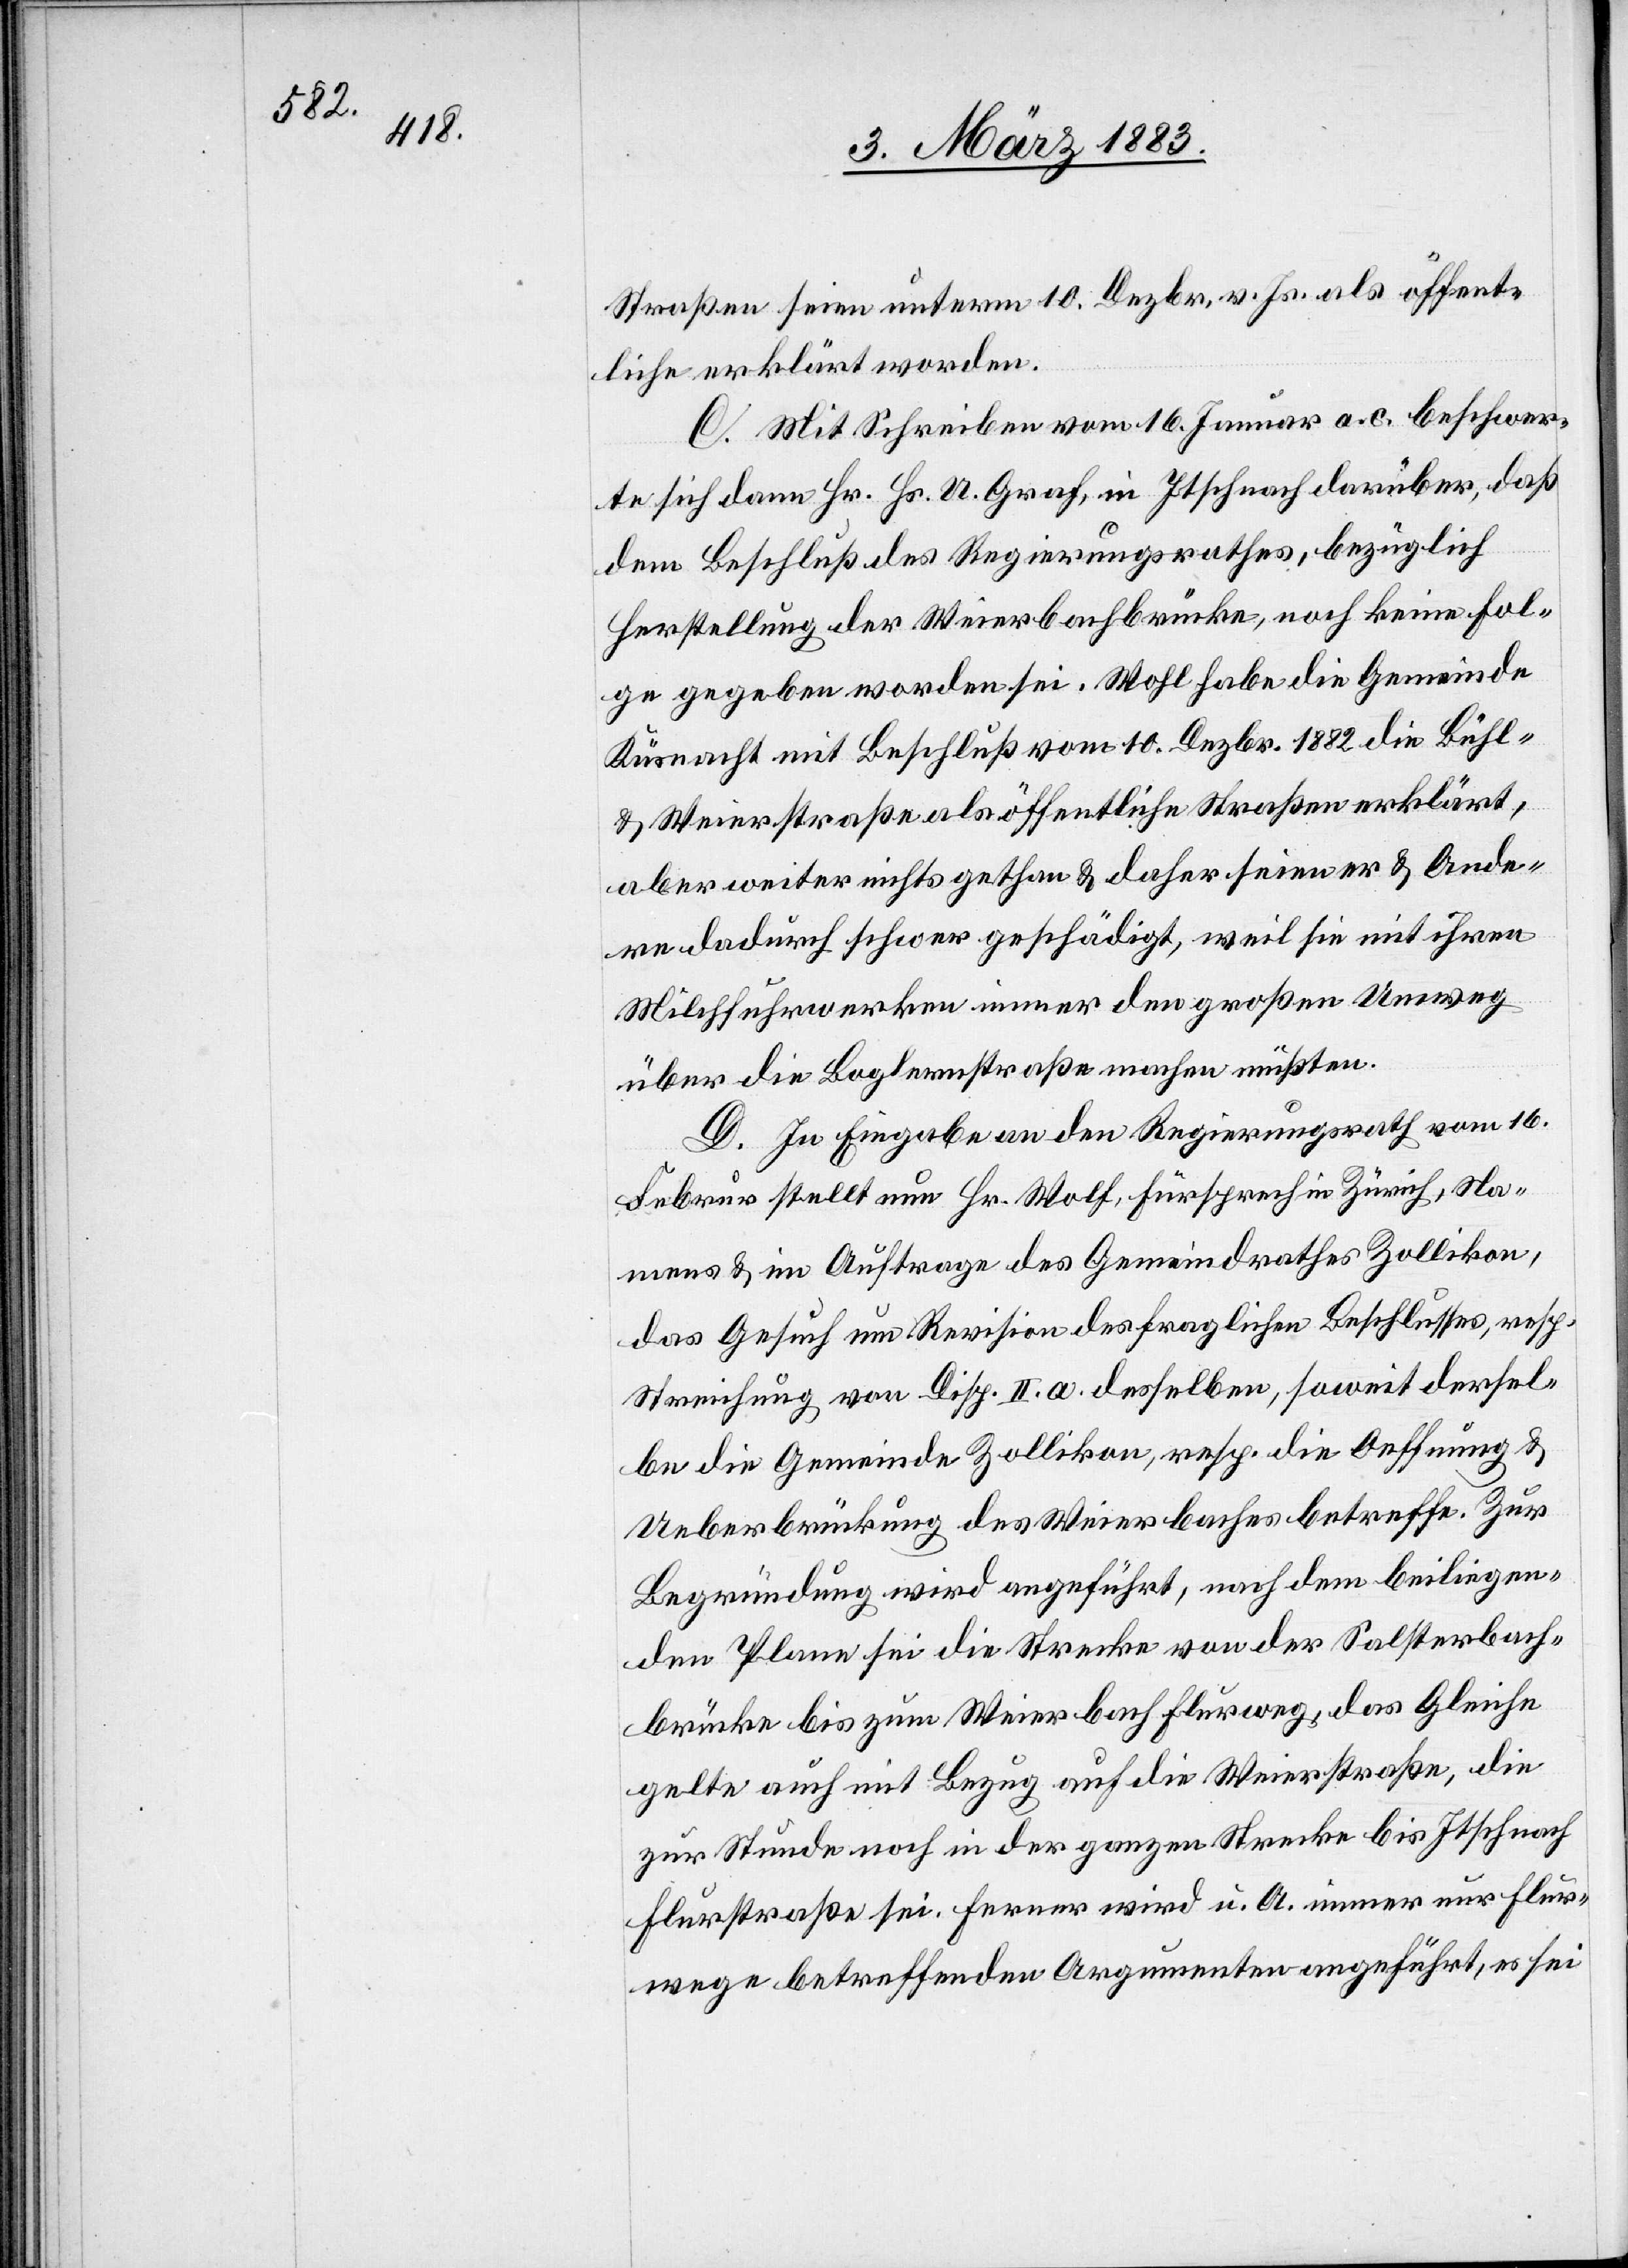
c!],

Straßen seien unterm 10. Dezbr. v. Js. als öffent¬
liche erklärt worden.
C. Mit Schreiben vom 16. Januar a. c. beschwer¬
te sich dann Hr. Hs. U. Graf, in Itschnach darüber, daß
dem Beschluß des Regierungsrathes, bezüglich
Herstellung der Weierbachbrücke, noch keine Fol¬
ge gegeben worden sei. Wohl habe die Gemeinde
Küsnacht mit Beschluß vom 10. Dezbr. 1882 die Bühl-
& Weierstraße als öffentliche Straßen erklärt,
aber weiter nichts gethan & daher seien er & Ande¬
re dadurch sehr geschädigt, weil sie mit ihren
Milchfuhrwerken immer den großen Umweg
über die Boglernstraße machen müßten.
D. In Eingabe an den Regierungsrath vom 16.
Februar stellt nun Hr. Wolf, Fürsprech in Zürich, Na¬
mens & im Auftrage des Gemeindrathes Zollikon,
das Gesuch um Revision des fraglichen Beschlusses, resp.
Streichung von Disp. II. a. desselben, soweit dersel¬
be die Gemeinde Zollikon, resp. die Oeffnung &
Ueberbrückung des Weierbaches betreffe. Zur
Begründung wird angeführt, nach dem beiliegen¬
den Plane sei die Strecke von der Salsterbach¬
brücke bis zum Weierbach Flurweg, das Gleiche
gelte auch mit Bezug auf die Weierstraße, die
zur Stunde noch in der ganzen Strecke bis Itschnach
Flurstraße sei. Ferner wird u. A. immer nur Flur¬
wege betreffenden Argumenten angeführt [si¬